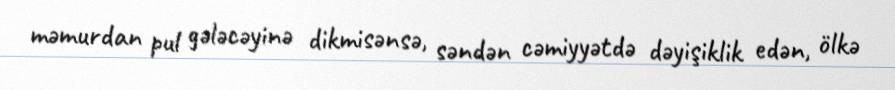
məmurdan pul gələcəyinə dikmisənsə, səndən cəmiyyətdə dəyişiklik edən, ölkə